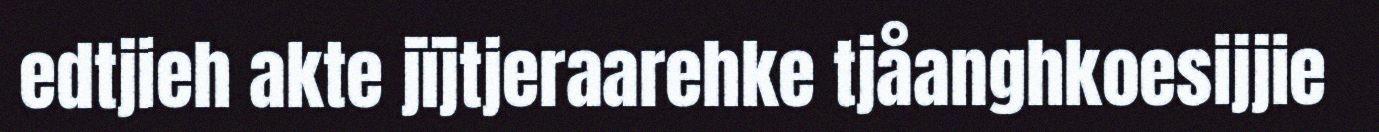
edtjieh akte jïjtjeraarehke tjåanghkoesijjie